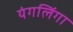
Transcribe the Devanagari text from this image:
यंगलिंगा